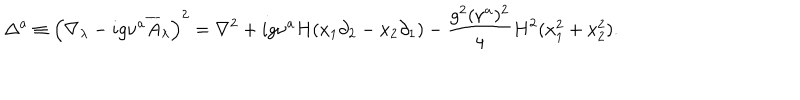
\Delta ^ { a } \equiv \left( \nabla _ { \lambda } - i g \nu ^ { a } \overline { { { A } } } _ { \lambda } \right) ^ { 2 } = \nabla ^ { 2 } + i g \nu ^ { a } H ( x _ { 1 } \partial _ { 2 } - x _ { 2 } \partial _ { 1 } ) - { \frac { g ^ { 2 } ( \nu ^ { a } ) ^ { 2 } } { 4 } } H ^ { 2 } ( x _ { 1 } ^ { 2 } + x _ { 2 } ^ { 2 } ) .